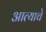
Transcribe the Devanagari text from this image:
आत्याचे